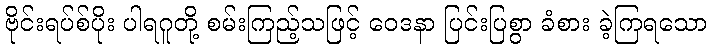
ဗိုင်းရပ်စ်ပိုး ပါရဂူတို့ စမ်းကြည့်သဖြင့် ဝေဒနာ ပြင်းပြစွာ ခံစား ခဲ့ကြရသော